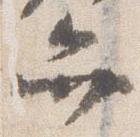
弁